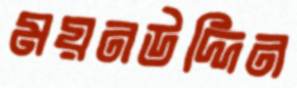
ময়নউদ্দিন